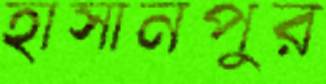
হাসানপুর